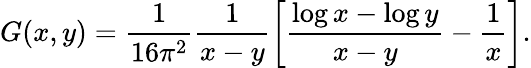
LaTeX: G(x,y)=\frac{1}{16\pi^{2}}\frac{1}{x-y}\bigg[\frac{\log x-\log y}{x-y}-\frac{1}{x}\bigg].